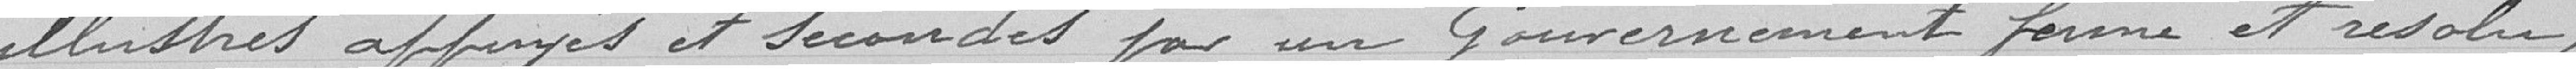
illustrés appuyés et secondés par un Gouvernement ferme et résolu,